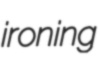
ironing